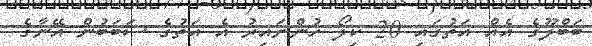
ބަބްލޫގެ އެއް އަތުގައި 20 ކިލޯ ހުންނައިރު އެ އަތުގެ ސަބަބުން އޭނާގެ